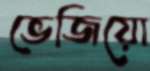
ভেজিয়ো